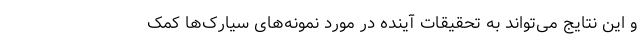
و این نتایج می‌تواند به تحقیقات آینده در مورد نمونه‌های سیارک‌ها کمک